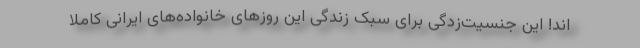
اند! این جنسیت‌زدگی برای سبک زندگی این روزهای خانواده‌های ایرانی کاملا